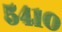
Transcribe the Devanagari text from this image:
५४१०